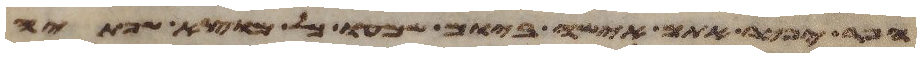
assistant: הפר יפיר אתם אישה ביום שמעו כל מוצא שפתיה